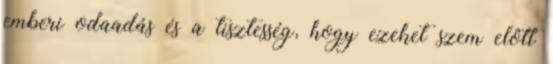
emberi odaadás és a tisztesség, hogy ezeket szem elôtt